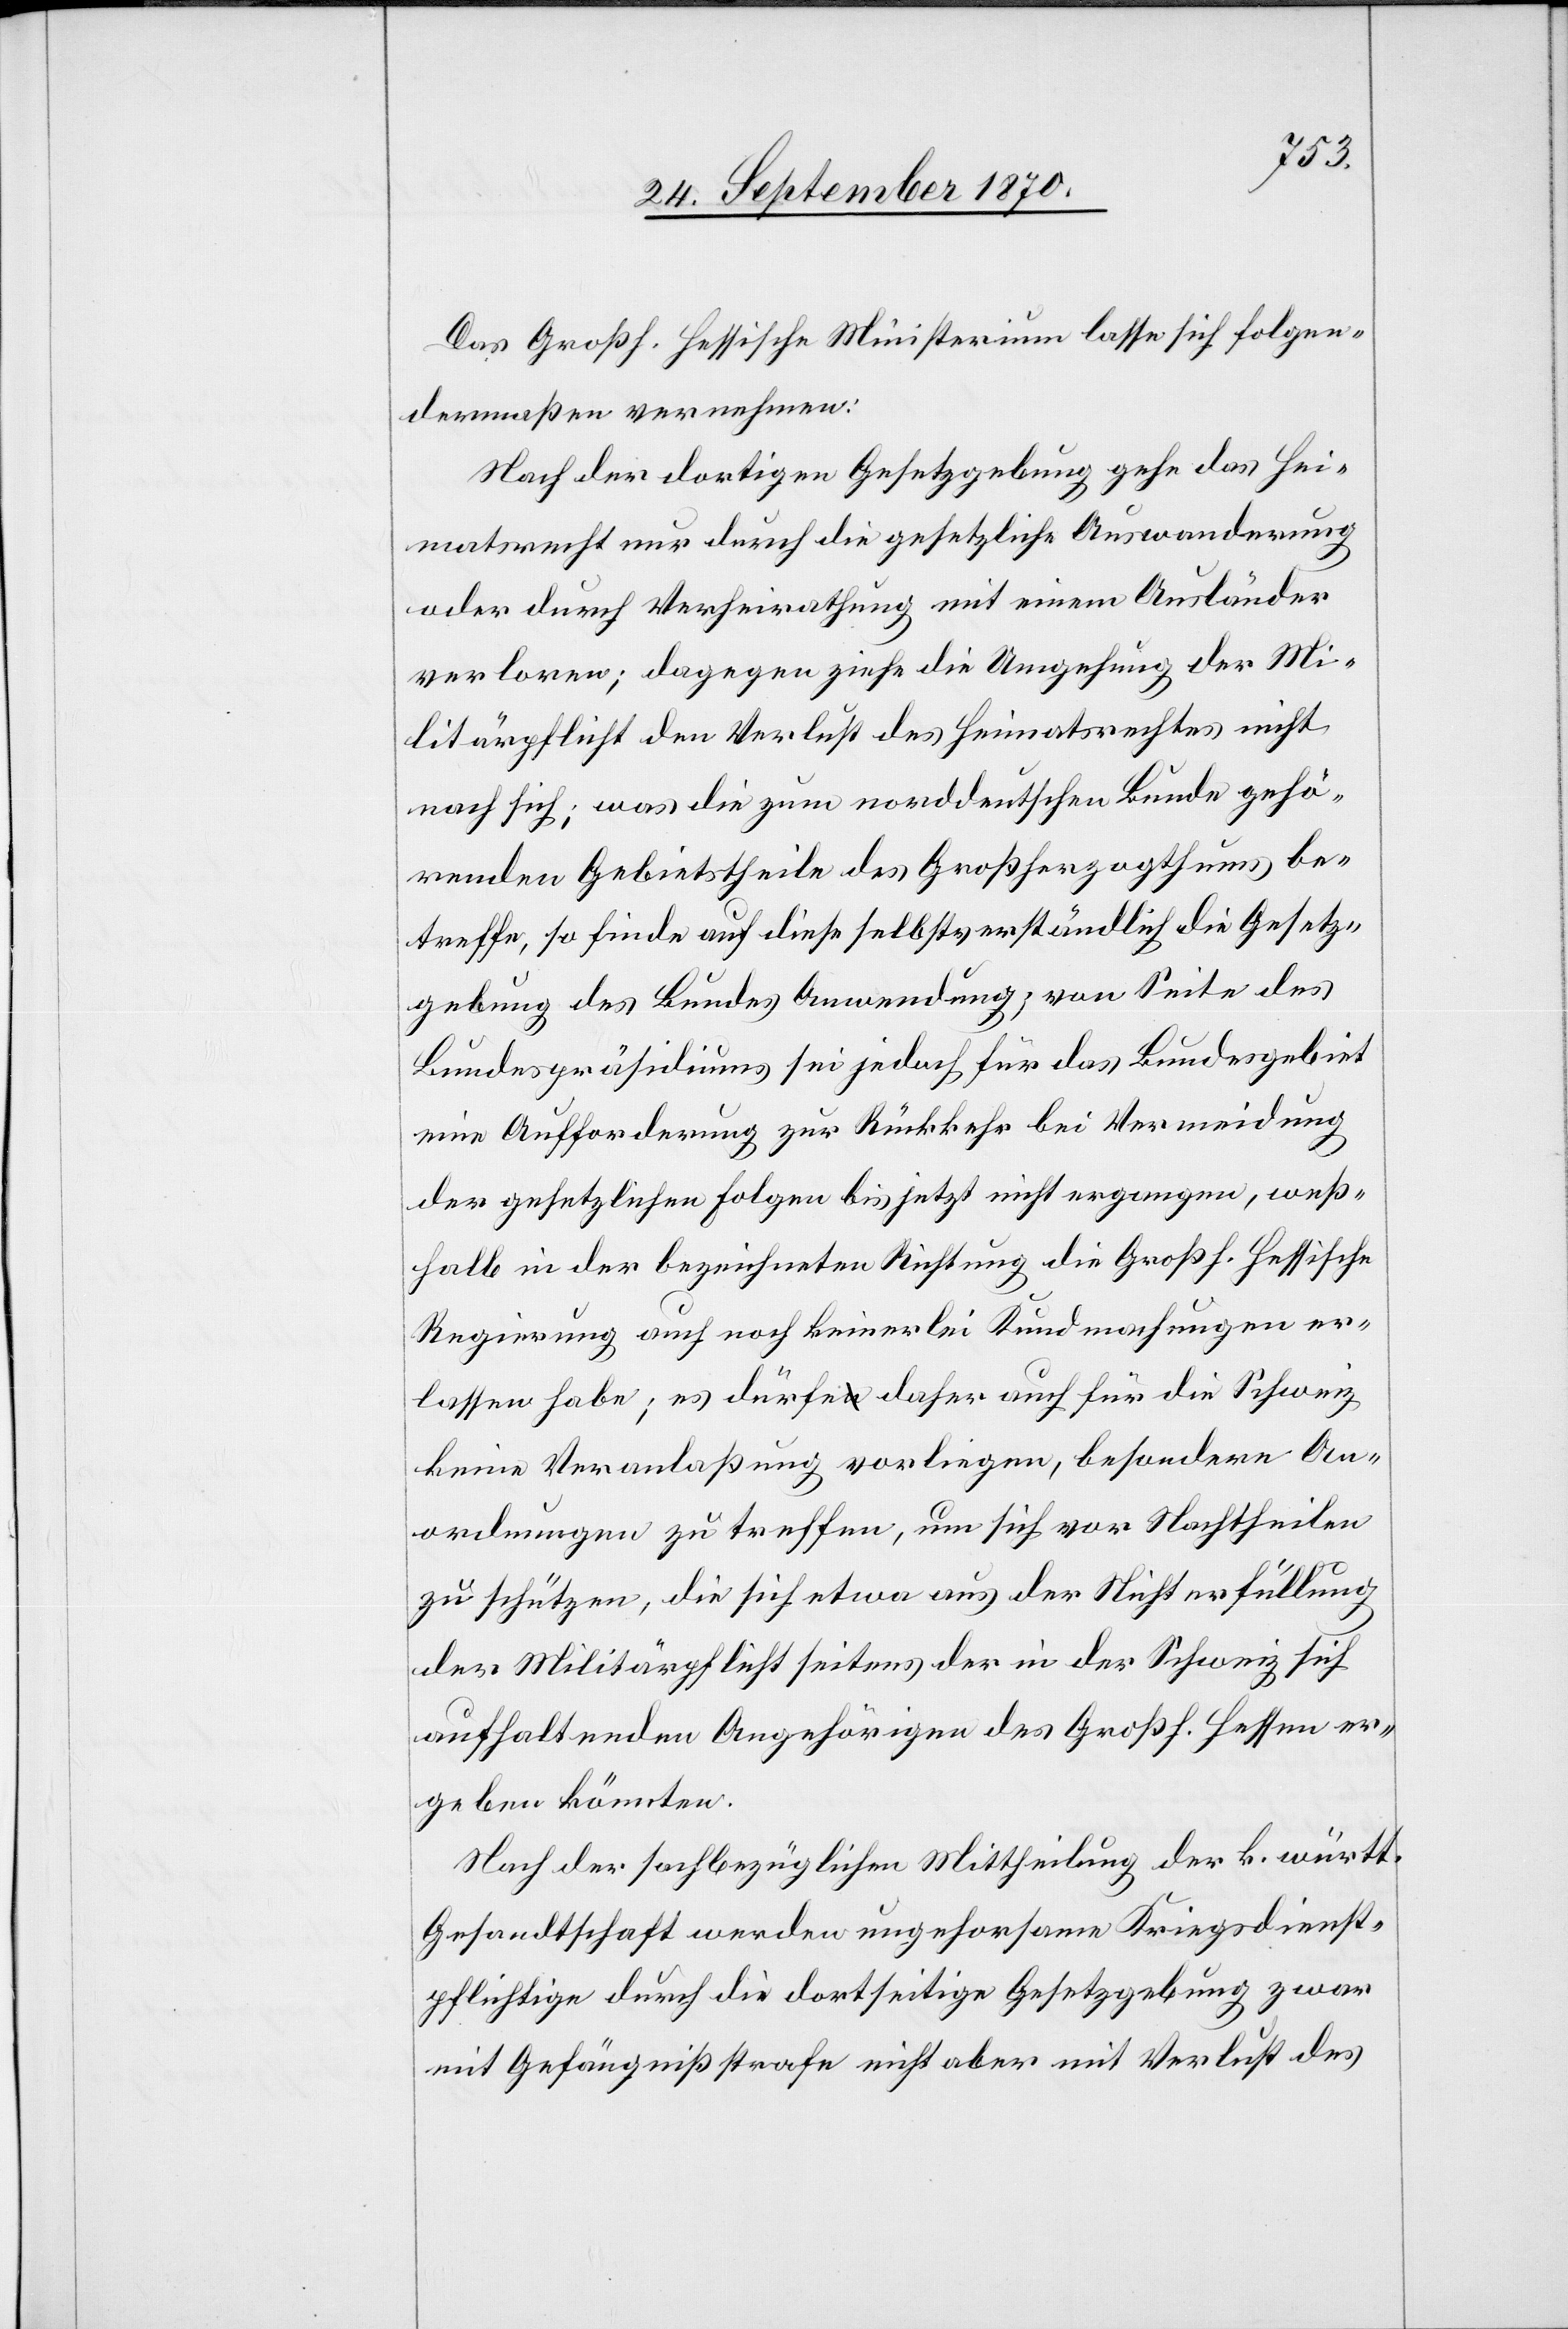
Das Großh. Hessische Ministerium lasse sich folgen¬
dermaßen vernehmen:
Nach der dortigen Gesetzgebung gehe das Hei¬
matsrecht nur durch die gesetzliche Auswanderung
oder durch Verheirathung mit einem Ausländer
verloren; dagegen zieht die Umgehung der Mi¬
litärpflicht den Verlust des Heimatsrechts nicht
nach sich; was die zum norddeutschen Bunde gehö¬
renden Gebietstheile des Großherzogthums be¬
treffe, so finde auf diese selbstverständlich die Gesetz¬
gebung des Bundes Anwendung; von Seite des
Bundespräsidiums sei jedoch für das Bundesgebiet
eine Aufforderung zur Rückkehr bei Vermeidung
der gesetzlichen Folgen bis jetzt nicht ergangen, weß¬
halb in der bezeichneten Richtung die Großh. Hessische
Regierung auch noch keinerlei Kundmachungen er¬
lassen habe; es dürfe daher auch für die Schweiz
keine Veranlaßung vorliegen, besondere An¬
ordnungen zu treffen, um sich vor Nachtheilen
zu schützen, die sich etwa aus der Nichterfüllung
der Militärpflicht seitens der in der Schweiz sich
aufhaltenden Angehörigen des Großh. Hessen er¬
geben könnten.
Nach der sachbezüglichen Mittheilung der k. württ.
Gesandtschaft werden ungehorsame Kriegsdienst¬
pflichtige durch die dortseitige Gesetzgebung zwar
mit Gefängnißstrafe nicht aber mit Verlust des